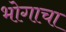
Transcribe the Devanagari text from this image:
भोगाचा